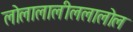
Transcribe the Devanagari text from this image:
लोलालालीललालोल